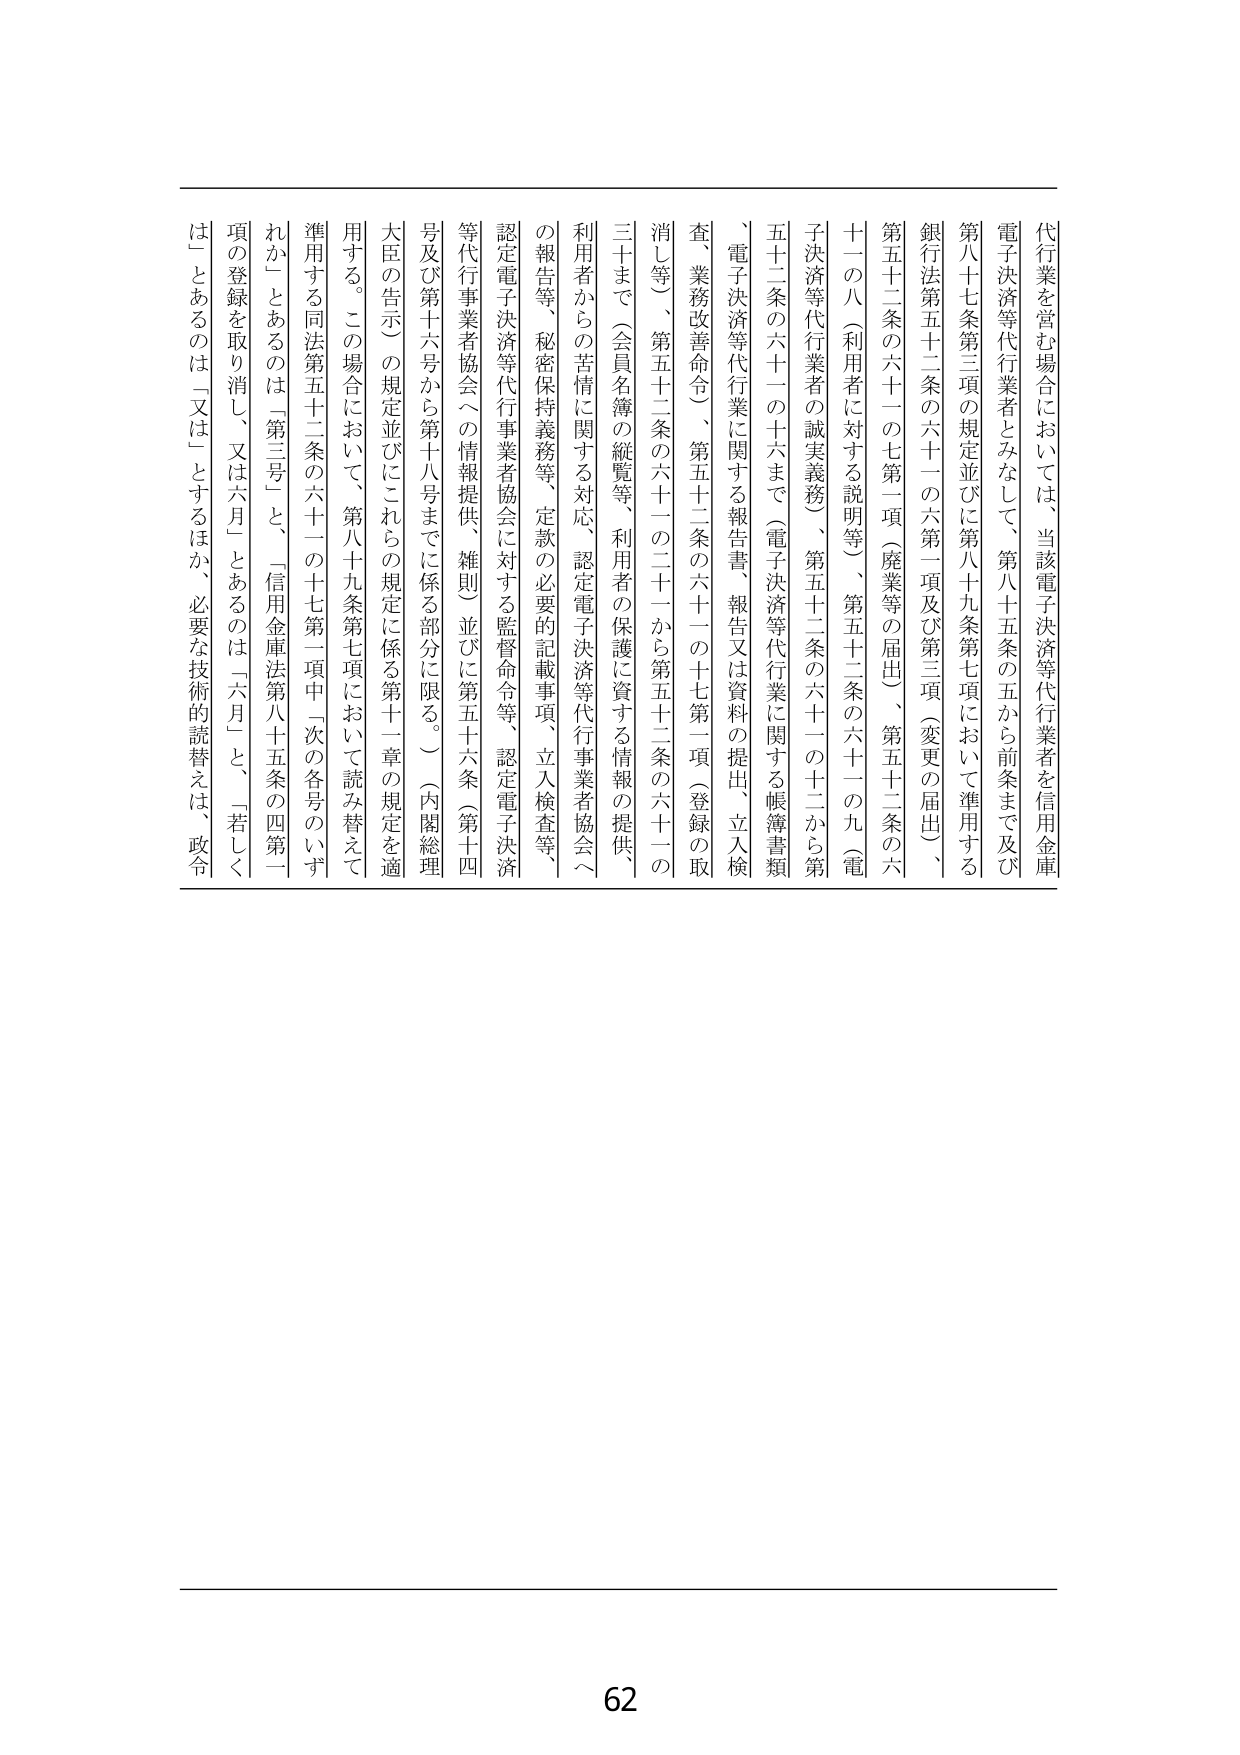
代行業を営む場合においては、当該電子決済等代行業者を信用金庫電子決済等代行業者とみなして、第八十五条の五から前条まで及び第八十七条第三項の規定並びに第八十九条第七項において準用する銀行法第五十二条の六十一の六第一項及び第三項（変更の届出）、第五十二条の六十一の七第一項（廃業等の届出）、第五十二条の六十一の八（利用者に対する説明等）、第五十二条の六十一の九（電子決済等代行業者の誠実義務）、第五十二条の六十一の十二から第五十二条の六十一の十六まで（電子決済等代行業に関する帳簿書類、電子決済等代行業に関する報告書、報告又は資料の提出、立入検査、業務改善命令）、第五十二条の六十一の十七第一項（登録の取消し等）、第五十二条の六十一の二十一から第五十二条の六十一の三十まで（会員名簿の縦覧等、利用者の保護に資する情報の提供、利用者からの苦情に関する対応、認定電子決済等代行業者協会への報告等、秘密保持義務等、定款の必要な記載事項、立入検査等、認定電子決済等代行業者協会に対する監督命令等、認定電子決済等代行業者協会への情報提供、雑則）並びに第五十六条（第十四号及び第十六号から第十八号までに係る部分に限る。）（内閣総理大臣の告示）の規定並びにこれらの規定に係る第十一章の規定を適用する。この場合において、第八十九条第七項において読み替えて準用する同法第五十二条の六十一の十七第一項中「次の各号のいずれか」とあるのは「第三号」と、「信用金庫法第八十五条の四第一項の登録を取り消し、又は六月」とあるのは「六月」と、「若しくは」とあるのは「又は」とするほか、必要な技術的読替えは、政令

62